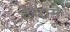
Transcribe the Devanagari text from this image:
देवागे